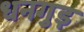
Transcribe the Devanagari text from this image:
धनगुड़